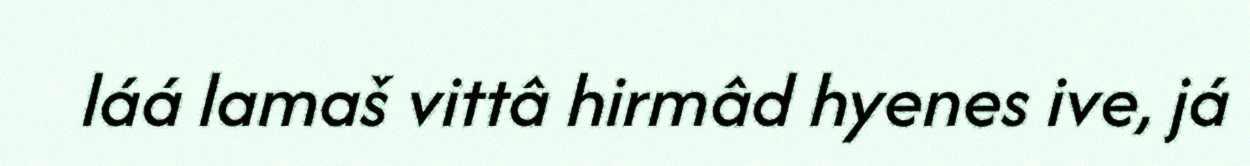
láá lamaš vittâ hirmâd hyenes ive, já